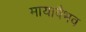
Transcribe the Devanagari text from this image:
मायावैभव